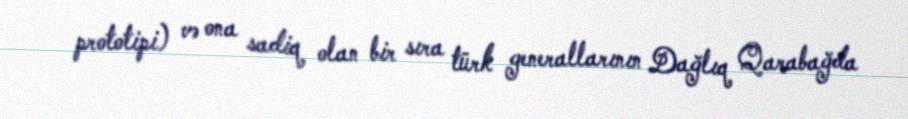
prototipi) və ona sadiq olan bir sıra türk generallarının Dağlıq Qarabağda